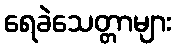
ရေခဲသေတ္တာများ